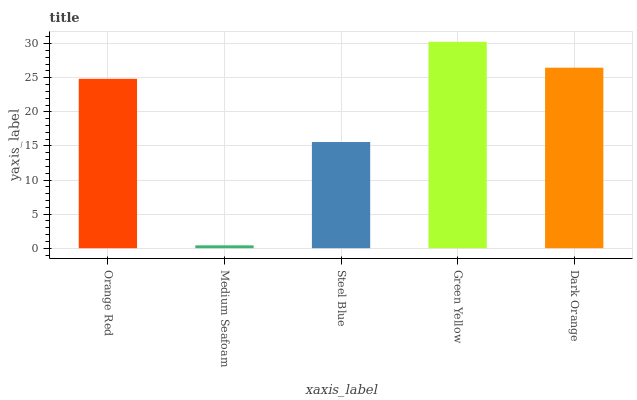
| xaxis_label | bars |
 | --- | --- |
 | Orange Red | 24.8 |
 | Medium Seafoam | 0.42 |
 | Steel Blue | 15.6 |
 | Green Yellow | 30.3 |
 | Dark Orange | 26.5 |